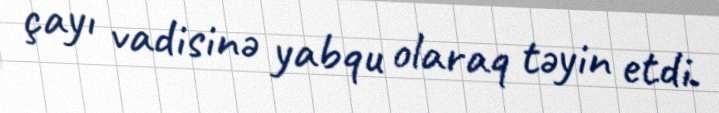
çayı vadisinə yabqu olaraq təyin etdi.